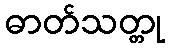
ဓာတ်သတ္တု